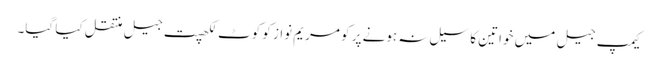
کیمپ جیل میں خواتین کا سیل نہ ہونے پر کو مریم نواز کو کوٹ لکھپت جیل منتقل کیا گیا۔